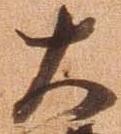
大